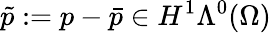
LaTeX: \tilde{p}:=p-\bar{p}\in H^{1}\Lambda^{0}(\Omega)